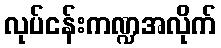
လုပ်ငန်းကဏ္ဍအလိုက်